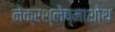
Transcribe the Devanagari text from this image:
नेक्रश्लेष्माशोथ